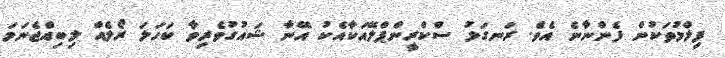
ފިލްމުތަކުން ފެންނާނެ އެވެ. ރަނގަޅު ސްކްރީންޕްލޭއަކާއެކު އޭނާ ޝައުގުވެރިވާ ކަހަލަ ރޯލެއް ލިބިއްޖެނަމަ